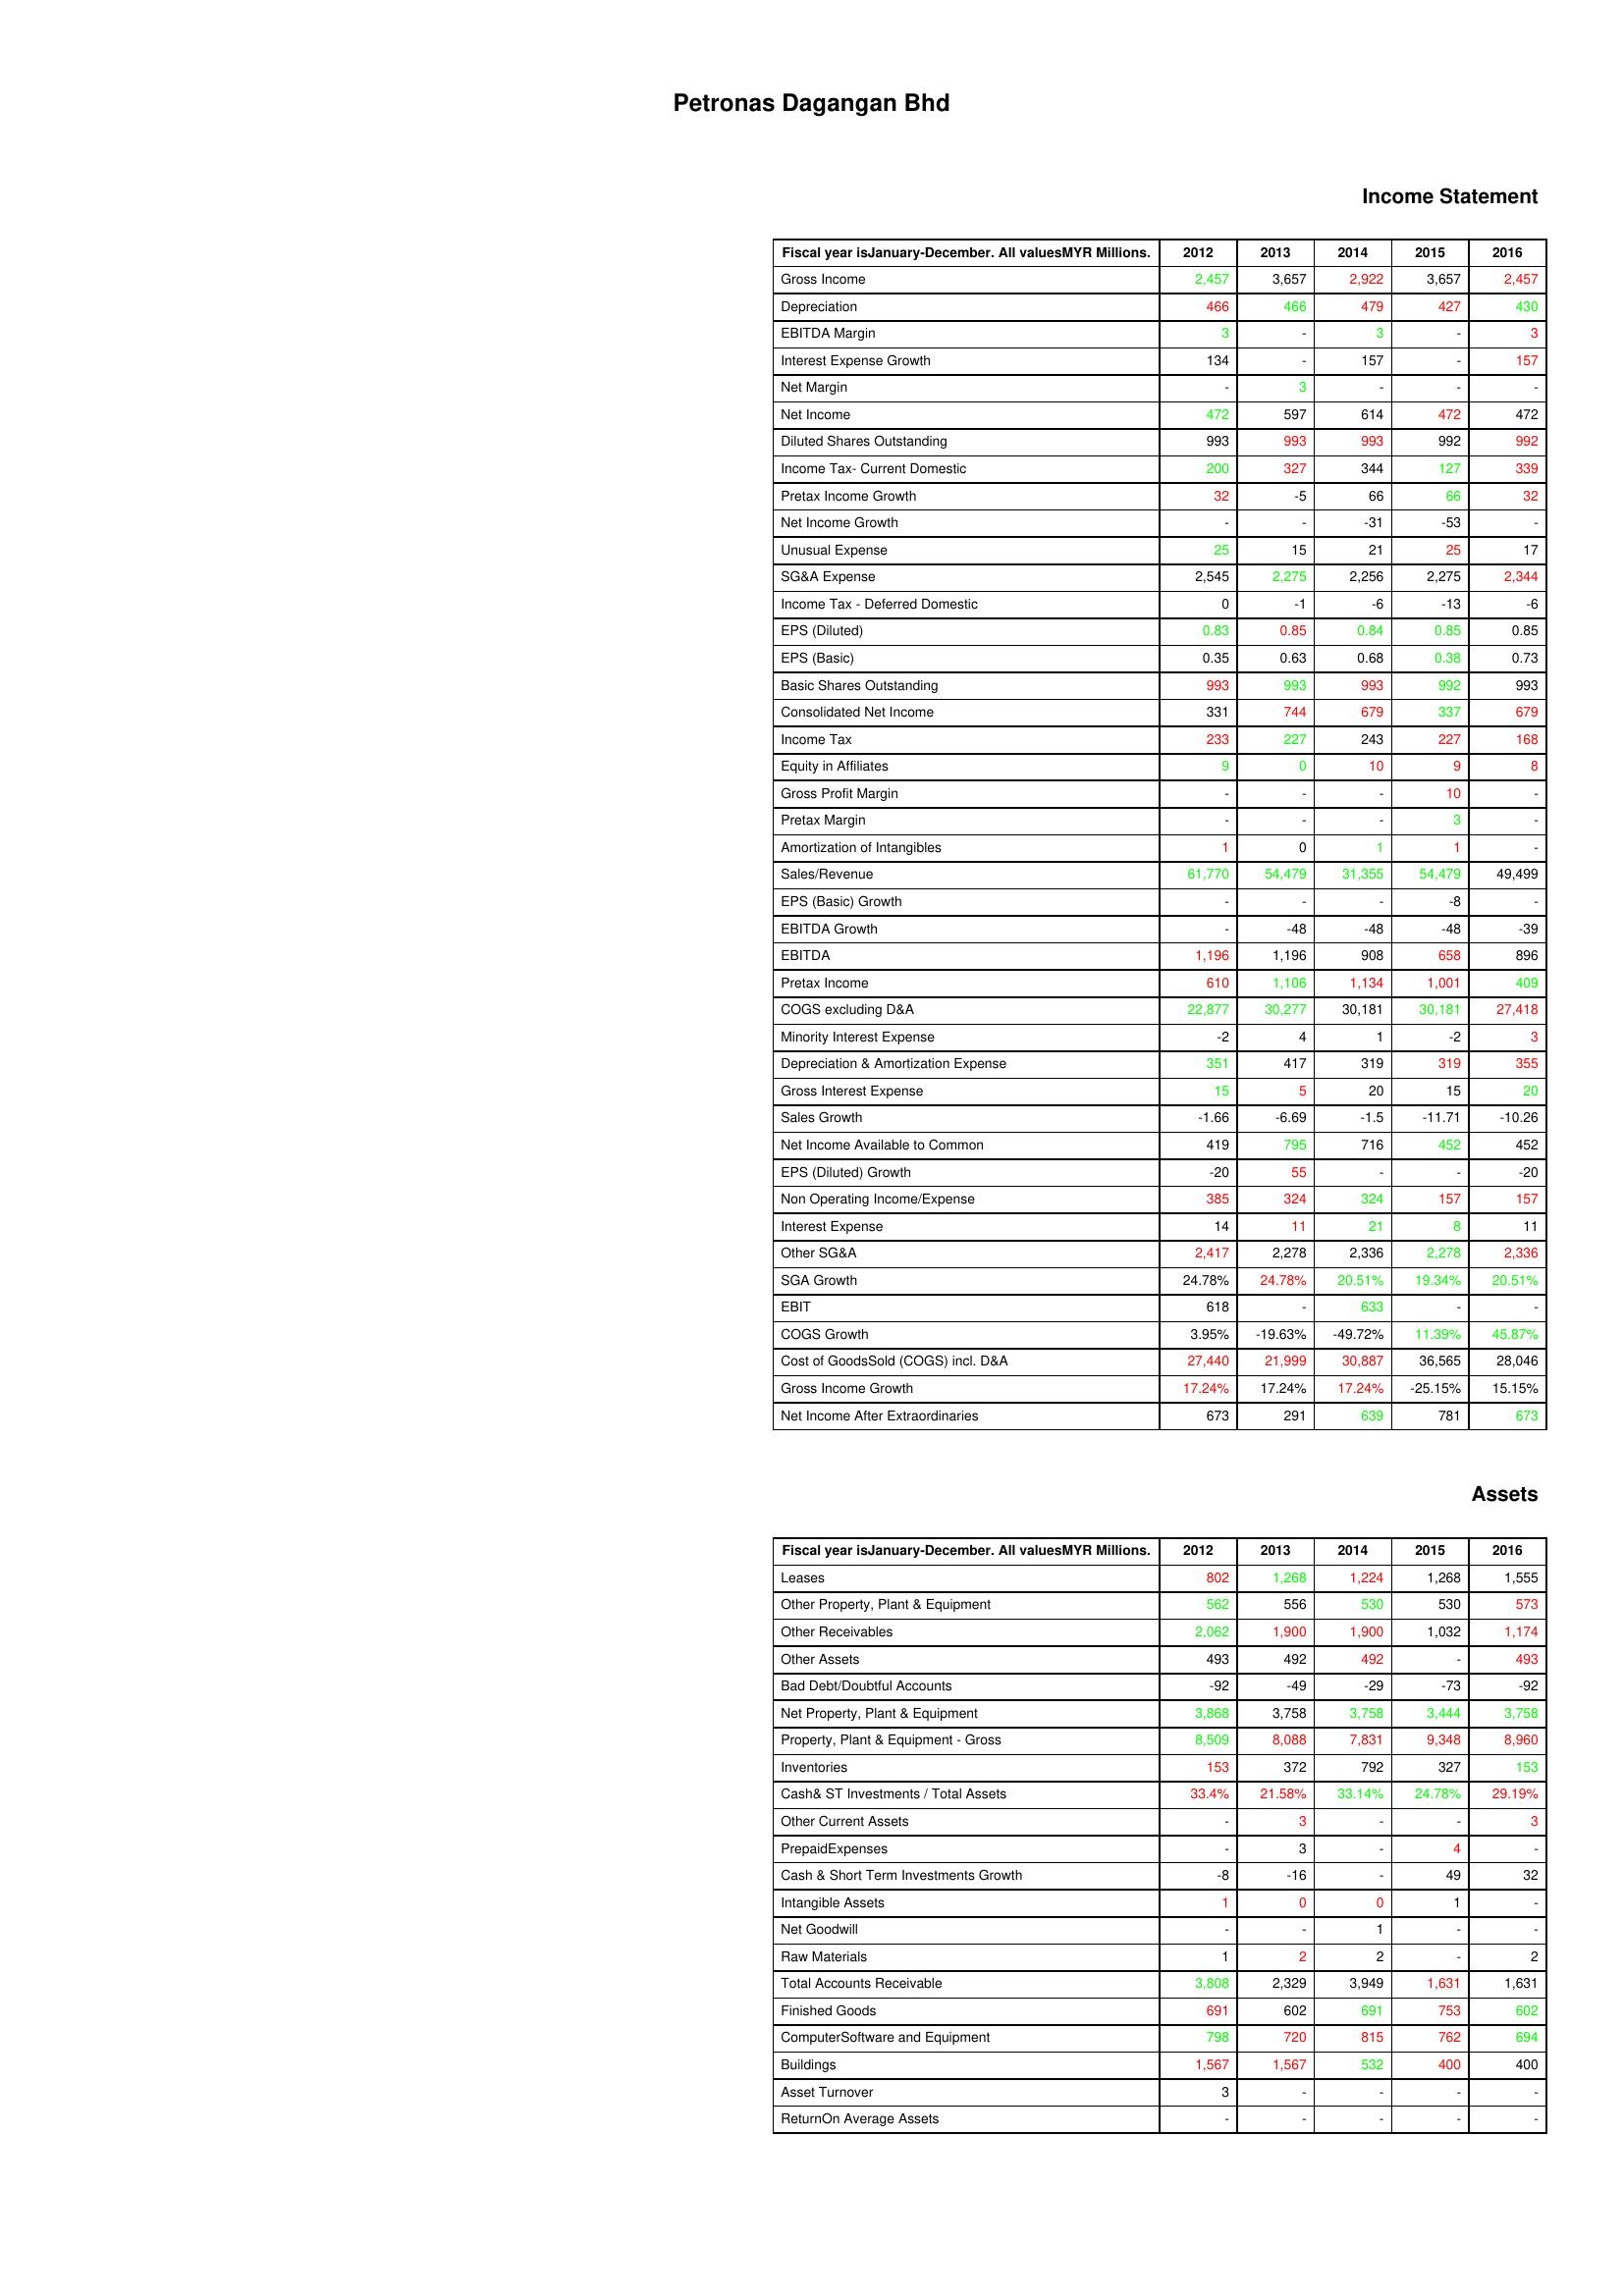
gt_parse: 2012: Income Statement: Gross Income: 2,457
Depreciation: 466
EBITDA Margin: 3
Interest Expense Growth: 134
Net Margin: -
Net Income: 472
Diluted Shares Outstanding: 993
Income Tax- Current Domestic: 200
Pretax Income Growth: 32
Net Income Growth: -
Unusual Expense: 25
SG&A Expense: 2,545
Income Tax - Deferred Domestic: 0
EPS (Diluted): 0.83
EPS (Basic): 0.35
Basic Shares Outstanding: 993
Consolidated Net Income: 331
Income Tax: 233
Equity in Affiliates: 9
Gross Profit Margin: -
Pretax Margin: -
Amortization of Intangibles: 1
Sales/Revenue: 61,770
EPS (Basic) Growth: -
EBITDA Growth: -
EBITDA: 1,196
Pretax Income: 610
COGS excluding D&A: 22,877
Minority Interest Expense: -2
Depreciation & Amortization Expense: 351
Gross Interest Expense: 15
Sales Growth: -1.66
Net Income Available to Common: 419
EPS (Diluted) Growth: -20
Non Operating Income/Expense: 385
Interest Expense: 14
Other SG&A: 2,417
SGA Growth: 24.78%
EBIT: 618
COGS Growth: 3.95%
Cost of GoodsSold (COGS) incl. D&A: 27,440
Gross Income Growth: 17.24%
Net Income After Extraordinaries: 673
Assets: Leases: 802
Other Property, Plant & Equipment: 562
Other Receivables: 2,062
Other Assets: 493
Bad Debt/Doubtful Accounts: -92
Net Property, Plant & Equipment: 3,868
Property, Plant & Equipment - Gross : 8,509
Inventories: 153
Cash& ST Investments / Total Assets: 33.4%
Other Current Assets: -
PrepaidExpenses: -
Cash & Short Term Investments Growth: -8
Intangible Assets: 1
Net Goodwill: -
Raw Materials: 1
Total Accounts Receivable: 3,808
Finished Goods: 691
ComputerSoftware and Equipment: 798
Buildings: 1,567
Asset Turnover: 3
ReturnOn Average Assets: -
2013: Income Statement: Gross Income: 3,657
Depreciation: 466
EBITDA Margin: -
Interest Expense Growth: -
Net Margin: 3
Net Income: 597
Diluted Shares Outstanding: 993
Income Tax- Current Domestic: 327
Pretax Income Growth: -5
Net Income Growth: -
Unusual Expense: 15
SG&A Expense: 2,275
Income Tax - Deferred Domestic: -1
EPS (Diluted): 0.85
EPS (Basic): 0.63
Basic Shares Outstanding: 993
Consolidated Net Income: 744
Income Tax: 227
Equity in Affiliates: 0
Gross Profit Margin: -
Pretax Margin: -
Amortization of Intangibles: 0
Sales/Revenue: 54,479
EPS (Basic) Growth: -
EBITDA Growth: -48
EBITDA: 1,196
Pretax Income: 1,106
COGS excluding D&A: 30,277
Minority Interest Expense: 4
Depreciation & Amortization Expense: 417
Gross Interest Expense: 5
Sales Growth: -6.69
Net Income Available to Common: 795
EPS (Diluted) Growth: 55
Non Operating Income/Expense: 324
Interest Expense: 11
Other SG&A: 2,278
SGA Growth: 24.78%
EBIT: -
COGS Growth: -19.63%
Cost of GoodsSold (COGS) incl. D&A: 21,999
Gross Income Growth: 17.24%
Net Income After Extraordinaries: 291
Assets: Leases: 1,268
Other Property, Plant & Equipment: 556
Other Receivables: 1,900
Other Assets: 492
Bad Debt/Doubtful Accounts: -49
Net Property, Plant & Equipment: 3,758
Property, Plant & Equipment - Gross : 8,088
Inventories: 372
Cash& ST Investments / Total Assets: 21.58%
Other Current Assets: 3
PrepaidExpenses: 3
Cash & Short Term Investments Growth: -16
Intangible Assets: 0
Net Goodwill: -
Raw Materials: 2
Total Accounts Receivable: 2,329
Finished Goods: 602
ComputerSoftware and Equipment: 720
Buildings: 1,567
Asset Turnover: -
ReturnOn Average Assets: -
2014: Income Statement: Gross Income: 2,922
Depreciation: 479
EBITDA Margin: 3
Interest Expense Growth: 157
Net Margin: -
Net Income: 614
Diluted Shares Outstanding: 993
Income Tax- Current Domestic: 344
Pretax Income Growth: 66
Net Income Growth: -31
Unusual Expense: 21
SG&A Expense: 2,256
Income Tax - Deferred Domestic: -6
EPS (Diluted): 0.84
EPS (Basic): 0.68
Basic Shares Outstanding: 993
Consolidated Net Income: 679
Income Tax: 243
Equity in Affiliates: 10
Gross Profit Margin: -
Pretax Margin: -
Amortization of Intangibles: 1
Sales/Revenue: 31,355
EPS (Basic) Growth: -
EBITDA Growth: -48
EBITDA: 908
Pretax Income: 1,134
COGS excluding D&A: 30,181
Minority Interest Expense: 1
Depreciation & Amortization Expense: 319
Gross Interest Expense: 20
Sales Growth: -1.5
Net Income Available to Common: 716
EPS (Diluted) Growth: -
Non Operating Income/Expense: 324
Interest Expense: 21
Other SG&A: 2,336
SGA Growth: 20.51%
EBIT: 633
COGS Growth: -49.72%
Cost of GoodsSold (COGS) incl. D&A: 30,887
Gross Income Growth: 17.24%
Net Income After Extraordinaries: 639
Assets: Leases: 1,224
Other Property, Plant & Equipment: 530
Other Receivables: 1,900
Other Assets: 492
Bad Debt/Doubtful Accounts: -29
Net Property, Plant & Equipment: 3,758
Property, Plant & Equipment - Gross : 7,831
Inventories: 792
Cash& ST Investments / Total Assets: 33.14%
Other Current Assets: -
PrepaidExpenses: -
Cash & Short Term Investments Growth: -
Intangible Assets: 0
Net Goodwill: 1
Raw Materials: 2
Total Accounts Receivable: 3,949
Finished Goods: 691
ComputerSoftware and Equipment: 815
Buildings: 532
Asset Turnover: -
ReturnOn Average Assets: -
2015: Income Statement: Gross Income: 3,657
Depreciation: 427
EBITDA Margin: -
Interest Expense Growth: -
Net Margin: -
Net Income: 472
Diluted Shares Outstanding: 992
Income Tax- Current Domestic: 127
Pretax Income Growth: 66
Net Income Growth: -53
Unusual Expense: 25
SG&A Expense: 2,275
Income Tax - Deferred Domestic: -13
EPS (Diluted): 0.85
EPS (Basic): 0.38
Basic Shares Outstanding: 992
Consolidated Net Income: 337
Income Tax: 227
Equity in Affiliates: 9
Gross Profit Margin: 10
Pretax Margin: 3
Amortization of Intangibles: 1
Sales/Revenue: 54,479
EPS (Basic) Growth: -8
EBITDA Growth: -48
EBITDA: 658
Pretax Income: 1,001
COGS excluding D&A: 30,181
Minority Interest Expense: -2
Depreciation & Amortization Expense: 319
Gross Interest Expense: 15
Sales Growth: -11.71
Net Income Available to Common: 452
EPS (Diluted) Growth: -
Non Operating Income/Expense: 157
Interest Expense: 8
Other SG&A: 2,278
SGA Growth: 19.34%
EBIT: -
COGS Growth: 11.39%
Cost of GoodsSold (COGS) incl. D&A: 36,565
Gross Income Growth: -25.15%
Net Income After Extraordinaries: 781
Assets: Leases: 1,268
Other Property, Plant & Equipment: 530
Other Receivables: 1,032
Other Assets: -
Bad Debt/Doubtful Accounts: -73
Net Property, Plant & Equipment: 3,444
Property, Plant & Equipment - Gross : 9,348
Inventories: 327
Cash& ST Investments / Total Assets: 24.78%
Other Current Assets: -
PrepaidExpenses: 4
Cash & Short Term Investments Growth: 49
Intangible Assets: 1
Net Goodwill: -
Raw Materials: -
Total Accounts Receivable: 1,631
Finished Goods: 753
ComputerSoftware and Equipment: 762
Buildings: 400
Asset Turnover: -
ReturnOn Average Assets: -
2016: Income Statement: Gross Income: 2,457
Depreciation: 430
EBITDA Margin: 3
Interest Expense Growth: 157
Net Margin: -
Net Income: 472
Diluted Shares Outstanding: 992
Income Tax- Current Domestic: 339
Pretax Income Growth: 32
Net Income Growth: -
Unusual Expense: 17
SG&A Expense: 2,344
Income Tax - Deferred Domestic: -6
EPS (Diluted): 0.85
EPS (Basic): 0.73
Basic Shares Outstanding: 993
Consolidated Net Income: 679
Income Tax: 168
Equity in Affiliates: 8
Gross Profit Margin: -
Pretax Margin: -
Amortization of Intangibles: -
Sales/Revenue: 49,499
EPS (Basic) Growth: -
EBITDA Growth: -39
EBITDA: 896
Pretax Income: 409
COGS excluding D&A: 27,418
Minority Interest Expense: 3
Depreciation & Amortization Expense: 355
Gross Interest Expense: 20
Sales Growth: -10.26
Net Income Available to Common: 452
EPS (Diluted) Growth: -20
Non Operating Income/Expense: 157
Interest Expense: 11
Other SG&A: 2,336
SGA Growth: 20.51%
EBIT: -
COGS Growth: 45.87%
Cost of GoodsSold (COGS) incl. D&A: 28,046
Gross Income Growth: 15.15%
Net Income After Extraordinaries: 673
Assets: Leases: 1,555
Other Property, Plant & Equipment: 573
Other Receivables: 1,174
Other Assets: 493
Bad Debt/Doubtful Accounts: -92
Net Property, Plant & Equipment: 3,758
Property, Plant & Equipment - Gross : 8,960
Inventories: 153
Cash& ST Investments / Total Assets: 29.19%
Other Current Assets: 3
PrepaidExpenses: -
Cash & Short Term Investments Growth: 32
Intangible Assets: -
Net Goodwill: -
Raw Materials: 2
Total Accounts Receivable: 1,631
Finished Goods: 602
ComputerSoftware and Equipment: 694
Buildings: 400
Asset Turnover: -
ReturnOn Average Assets: -